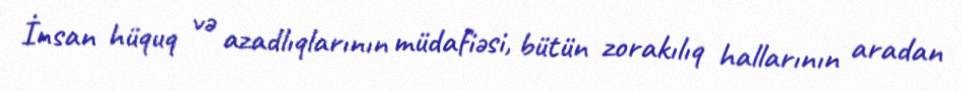
İnsan hüquq və azadlıqlarının müdafiəsi, bütün zorakılıq hallarının aradan